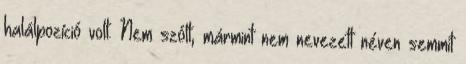
halálpozíció volt. Nem szólt, mármint nem nevezett néven semmit